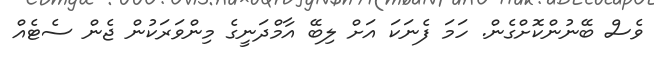
ވެސް ބޭނުންކޮށްގެން. ހަމަ ފެނަކަ އަށް ލިބޭ އާމްދަނީގެ މިންވަރަކުން ޖެން ސެޓެއް